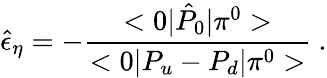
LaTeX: \hat{\epsilon}_{\eta}=-{\frac{<0|\hat{P}_{0}|\pi^{0}>}{<0|P_{u}-P_{d}|\pi^{0}>}}\ .